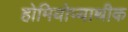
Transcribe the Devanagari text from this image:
होमियोप्याथीक